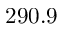
2 9 0 . 9